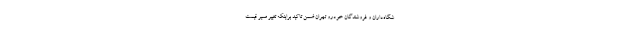
شگاه‌داران و فروشندگان خودرو تهران ضمن تاکید براینکه تغییر مسیر قیمت